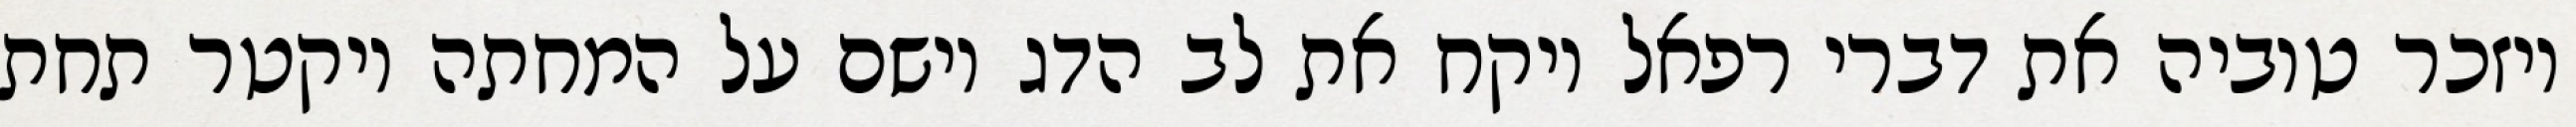
ויזכר טוביה את דברי רפאל ויקח את לב הדג וישם על המחתה ויקטר תחת